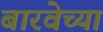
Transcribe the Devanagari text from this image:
बारवेच्या